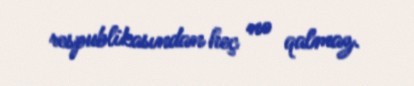
respublikasından heç nə qalmaz.